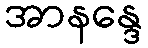
အာနန္ဒေ